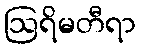
ဩရိမတီရာ